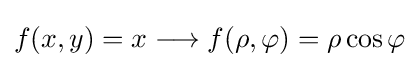
f(x,y)=x\longrightarrow f(\rho ,\varphi )=\rho \cos \varphi